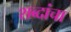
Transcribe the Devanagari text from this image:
शब्दांचा